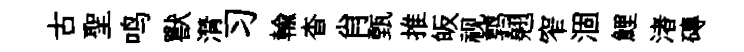
古聖鸣獸潸习輸杳肖甄推皈视鹑翹窄涸鯉渚磚